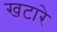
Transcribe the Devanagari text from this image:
खटारे